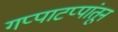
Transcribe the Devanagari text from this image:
गप्पाटप्पांतून